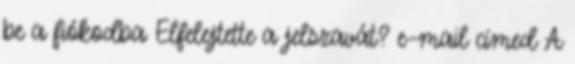
be a fiókodba Elfelejtette a jelszavát? e-mail címed A